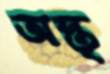
অস্ত্